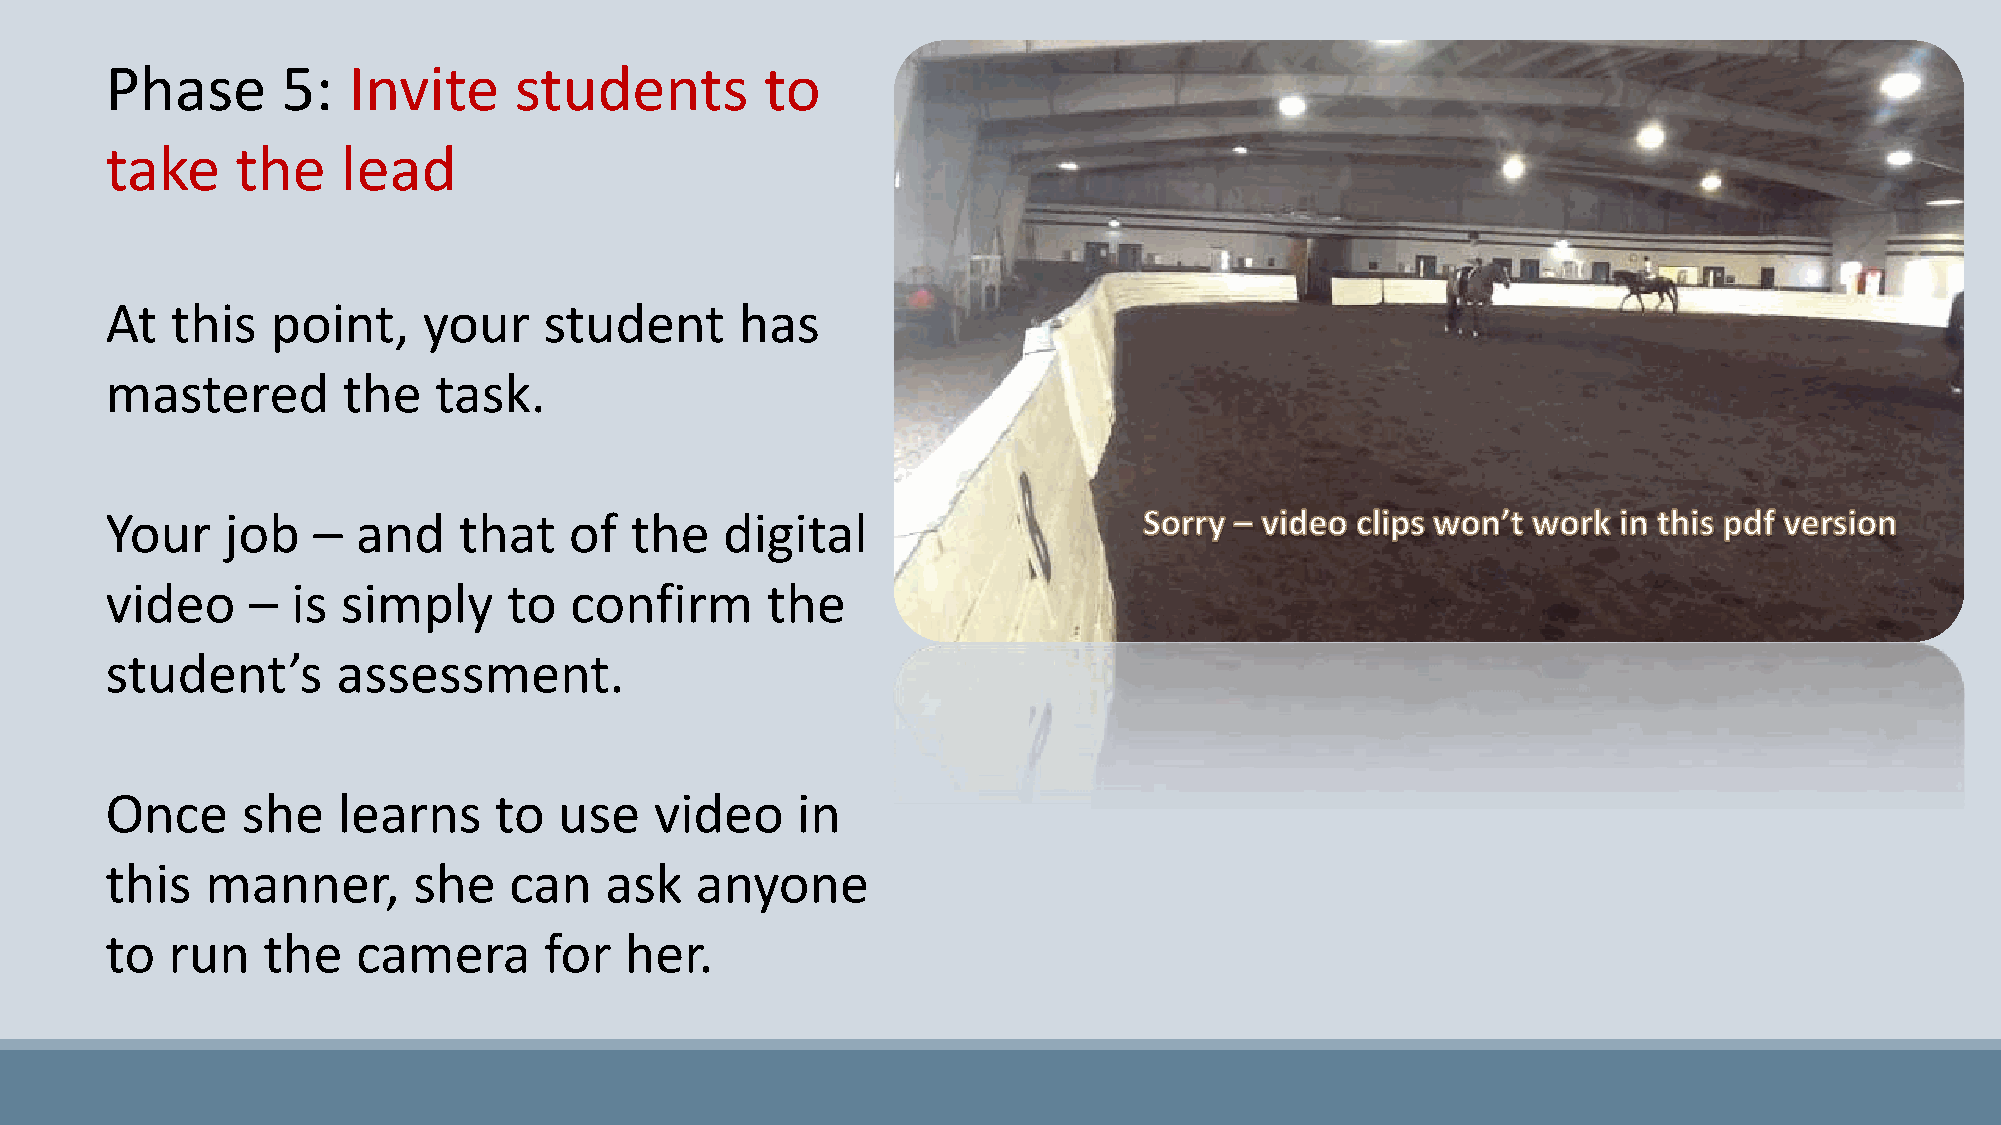
Phase       5:  Invite     students         to
 take     the    lead
 At  this   point,    your    student      has
 mastered        the   task.
 Your    job   –  and   that    of  the   digital
 video    –  is  simply     to  confirm      the
 student’s      assessment.
 Once     she   learns     to  use   video     in
 this   manner,      she    can   ask   anyone
 to  run   the    camera      for  her.